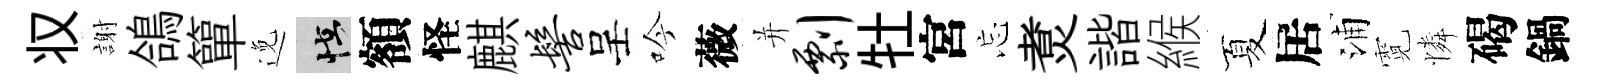
𠬧謝鴿簞𨓜怪額怪麒髻呈吟薇并剽牡宮忘煑諧緱夏居浦霓憐碣鍋